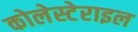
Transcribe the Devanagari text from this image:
कोलेस्टेराइल